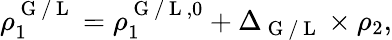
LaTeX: \rho_{1}^{\mathrm{~G~/~L~}}=\rho_{1}^{\mathrm{~G~/~L~},0}+\Delta_{\mathrm{~G~/~L~}}\times\rho_{2},